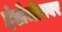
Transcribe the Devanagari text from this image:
इंडोचीनवर